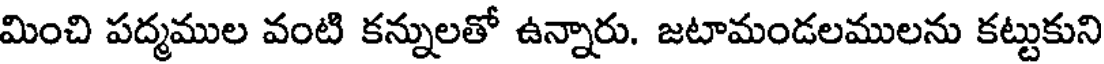
మించి పద్మముల వంటి కన్నులతో ఉన్నారు. జటామండలములను కట్టుకుని